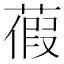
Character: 𦹜